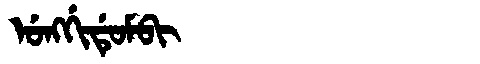
Manchu: ᡠᠩᡤᡳᡩᡠᠮᠪᡳ
Romanization: UNGGIDUMBI